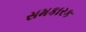
સમકારક